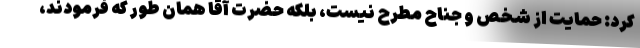
کرد: حمایت از شخص و جناح مطرح نیست، بلکه حضرت آقا همان طور که فرمودند،